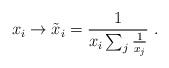
LaTeX: \begin{align*}x_i \rightarrow \tilde{x}_i = \frac{1}{x_i \sum_j \frac{1}{x_j}} \; .\end{align*}